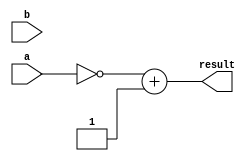
module alu_neg(
	input wire [31:0] a,
	input wire [31:0] b,
	output wire [31:0] result
	);
	
	assign result = ~a +1;
endmodule